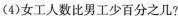
(4)女工人数比男工少百分之几?